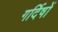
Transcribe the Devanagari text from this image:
गर्दिषों